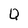
Character: Q